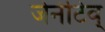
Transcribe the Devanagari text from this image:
जेनेटिव्